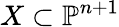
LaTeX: X\subset\mathbb{P}^{n+1}